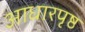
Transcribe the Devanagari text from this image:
आधारपृष्ठ